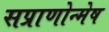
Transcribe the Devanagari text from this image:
सप्राणोन्मेष